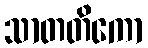
သာတတိကော